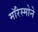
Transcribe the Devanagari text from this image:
मॉरेस्मोने